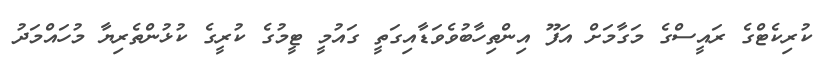
ކުރިކެޓްގެ ރައީސްގެ މަގާމަށް އަފޫ އިންތިހާބުވެވަޑާއިގަތީ ގައުމީ ޓީމުގެ ކުރީގެ ކުޅުންތެރިޔާ މުހައްމަދު